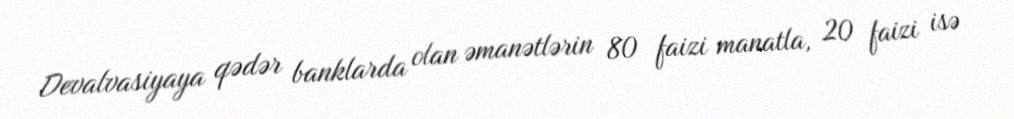
Devalvasiyaya qədər banklarda olan əmanətlərin 80 faizi manatla, 20 faizi isə